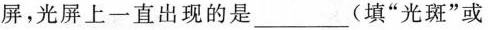
屏，光屏上一直出现的是___(填”光斑”或